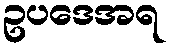
ဥပဒေအရ